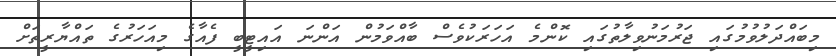
މިބައްދަލުވުމުގައި ޖަރުމަނުވިލާތުގައި ކޮންމެ އަހަރަކުވެސް ބާއްވަމުން އަންނަ އައިޓީބީ ފެއާގެ މިއަހަރުގެ ތައްޔާރީތަށް